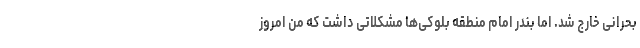
بحرانی خارج شد. اما بندر امام منطقه بلوکی‌ها مشکلاتی داشت که من امروز